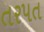
તરપત